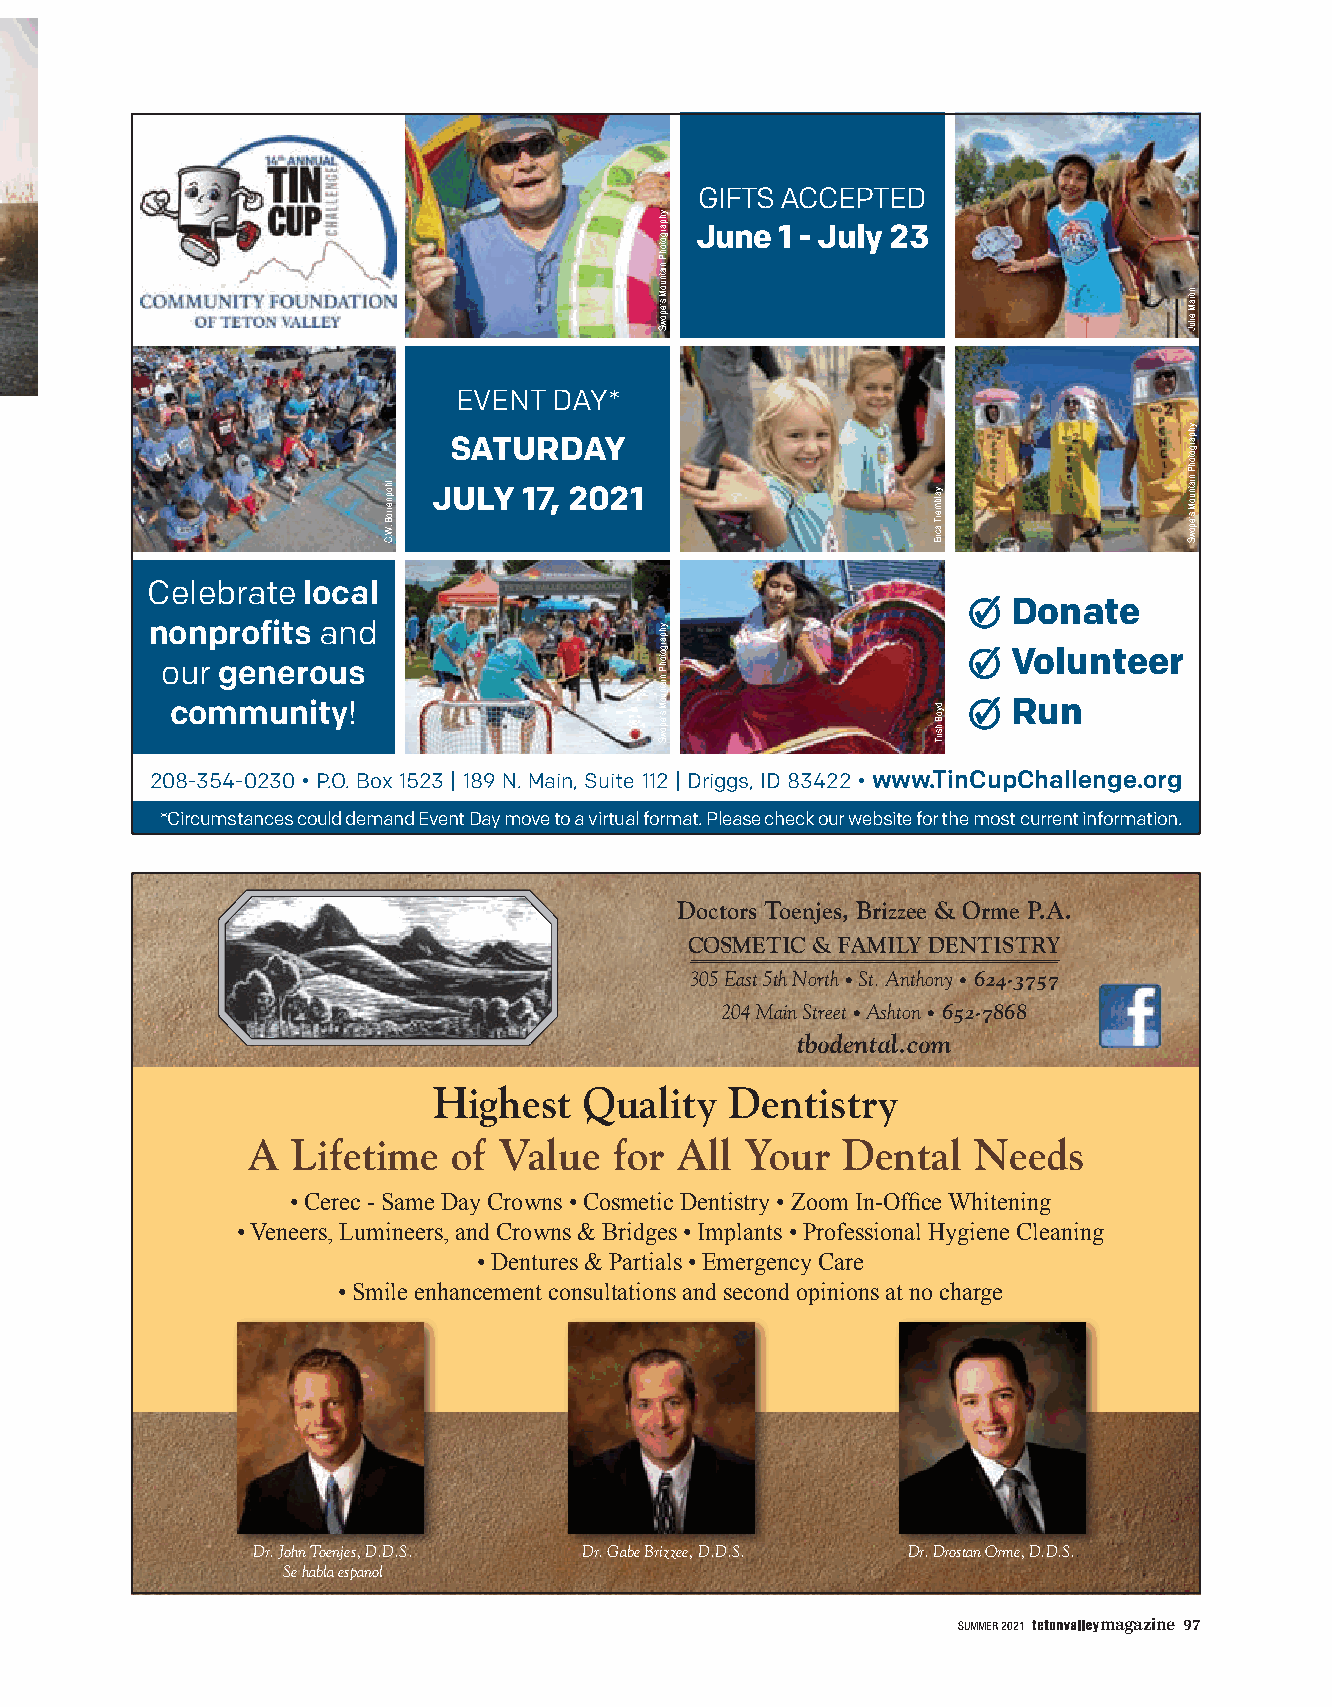
GIFTS ACCEPTED
 June  1 - July 23
 EVENT  DAY*
 SATURDAY
 JULY  17, 2021
 Celebrate local
 Donate
 nonprofits and
 Volunteer
 our generous
 community!                                              Run
 208-354-0230 • P.O. Box 1523 | 189 N. Main, Suite 112 | Driggs, ID 83422 • www.TinCupChallenge.org
 *Circumstances could demand Event Day move to a virtual format. Please check our website for the most current information.
 Doctors Toenjes, Brizzee & Orme P.A.
 COSMETIC & FAMILY DENTISTRY
 305 East 5th North • St. Anthony • 624-3757
 204 Main Street • Ashton • 652-7868
 tbodental.com
 Highest   Quality  Dentistry
 A  Lifetime   of Value   for All Your   Dental  Needs
 • Cerec - Same Day Crowns • Cosmetic Dentistry • Zoom In-Office Whitening
 • Veneers, Lumineers, and Crowns & Bridges • Implants • Professional Hygiene Cleaning
 • Dentures & Partials • Emergency Care
 • Smile enhancement consultations and second opinions at no charge
 Dr. John Toenjes, D.D.S. Dr. Gabe Brizzee, D.D.S. Dr. Drostan Orme, D.D.S..
 Se habla espanol
 SUMMER 2021 magazine 97
 lhopnerroB
 .W.C
 yhpargotohP
 niatnuoM
 s’epowS
 yhpargotohP
 niatnuoM
 s’epowS
 yalbmerT
 acirE
 dyoB
 hsirT
 nitraM
 eiluJ
 yhpargotohP
 niatnuoM
 s’epowS